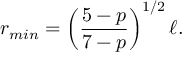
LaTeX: r _ { m i n } = \left( { \frac { 5 - p } { 7 - p } } \right) ^ { 1 / 2 } \ell .